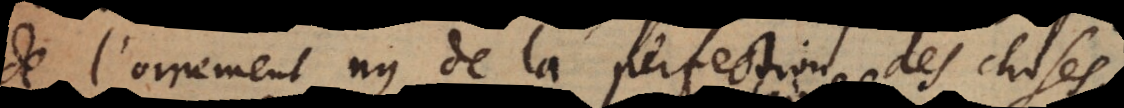
de l’ornement ny de la perfection des choses